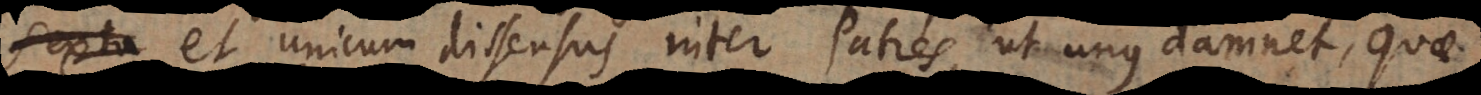
et unicum dissensus inter Patres, ut unus damnet, quae